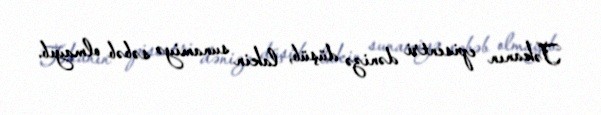
Təkanın episentri dənizə düşüb, lakin sunamiyə səbəb olmayıb.